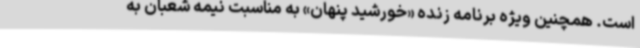
است. همچنین ویژه برنامه زنده «خورشید پنهان» به مناسبت نیمه شعبان به